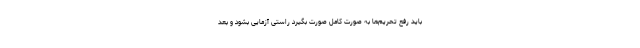
باید رفع تحریم‌ها به صورت کامل صورت بگیرد راستی آزمایی بشود و بعد